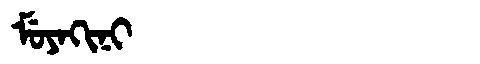
Manchu: ᠮᡠᠶᠠᡴᡳᠨᡳ
Romanization: MUYAKINI